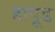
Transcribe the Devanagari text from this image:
हापूड